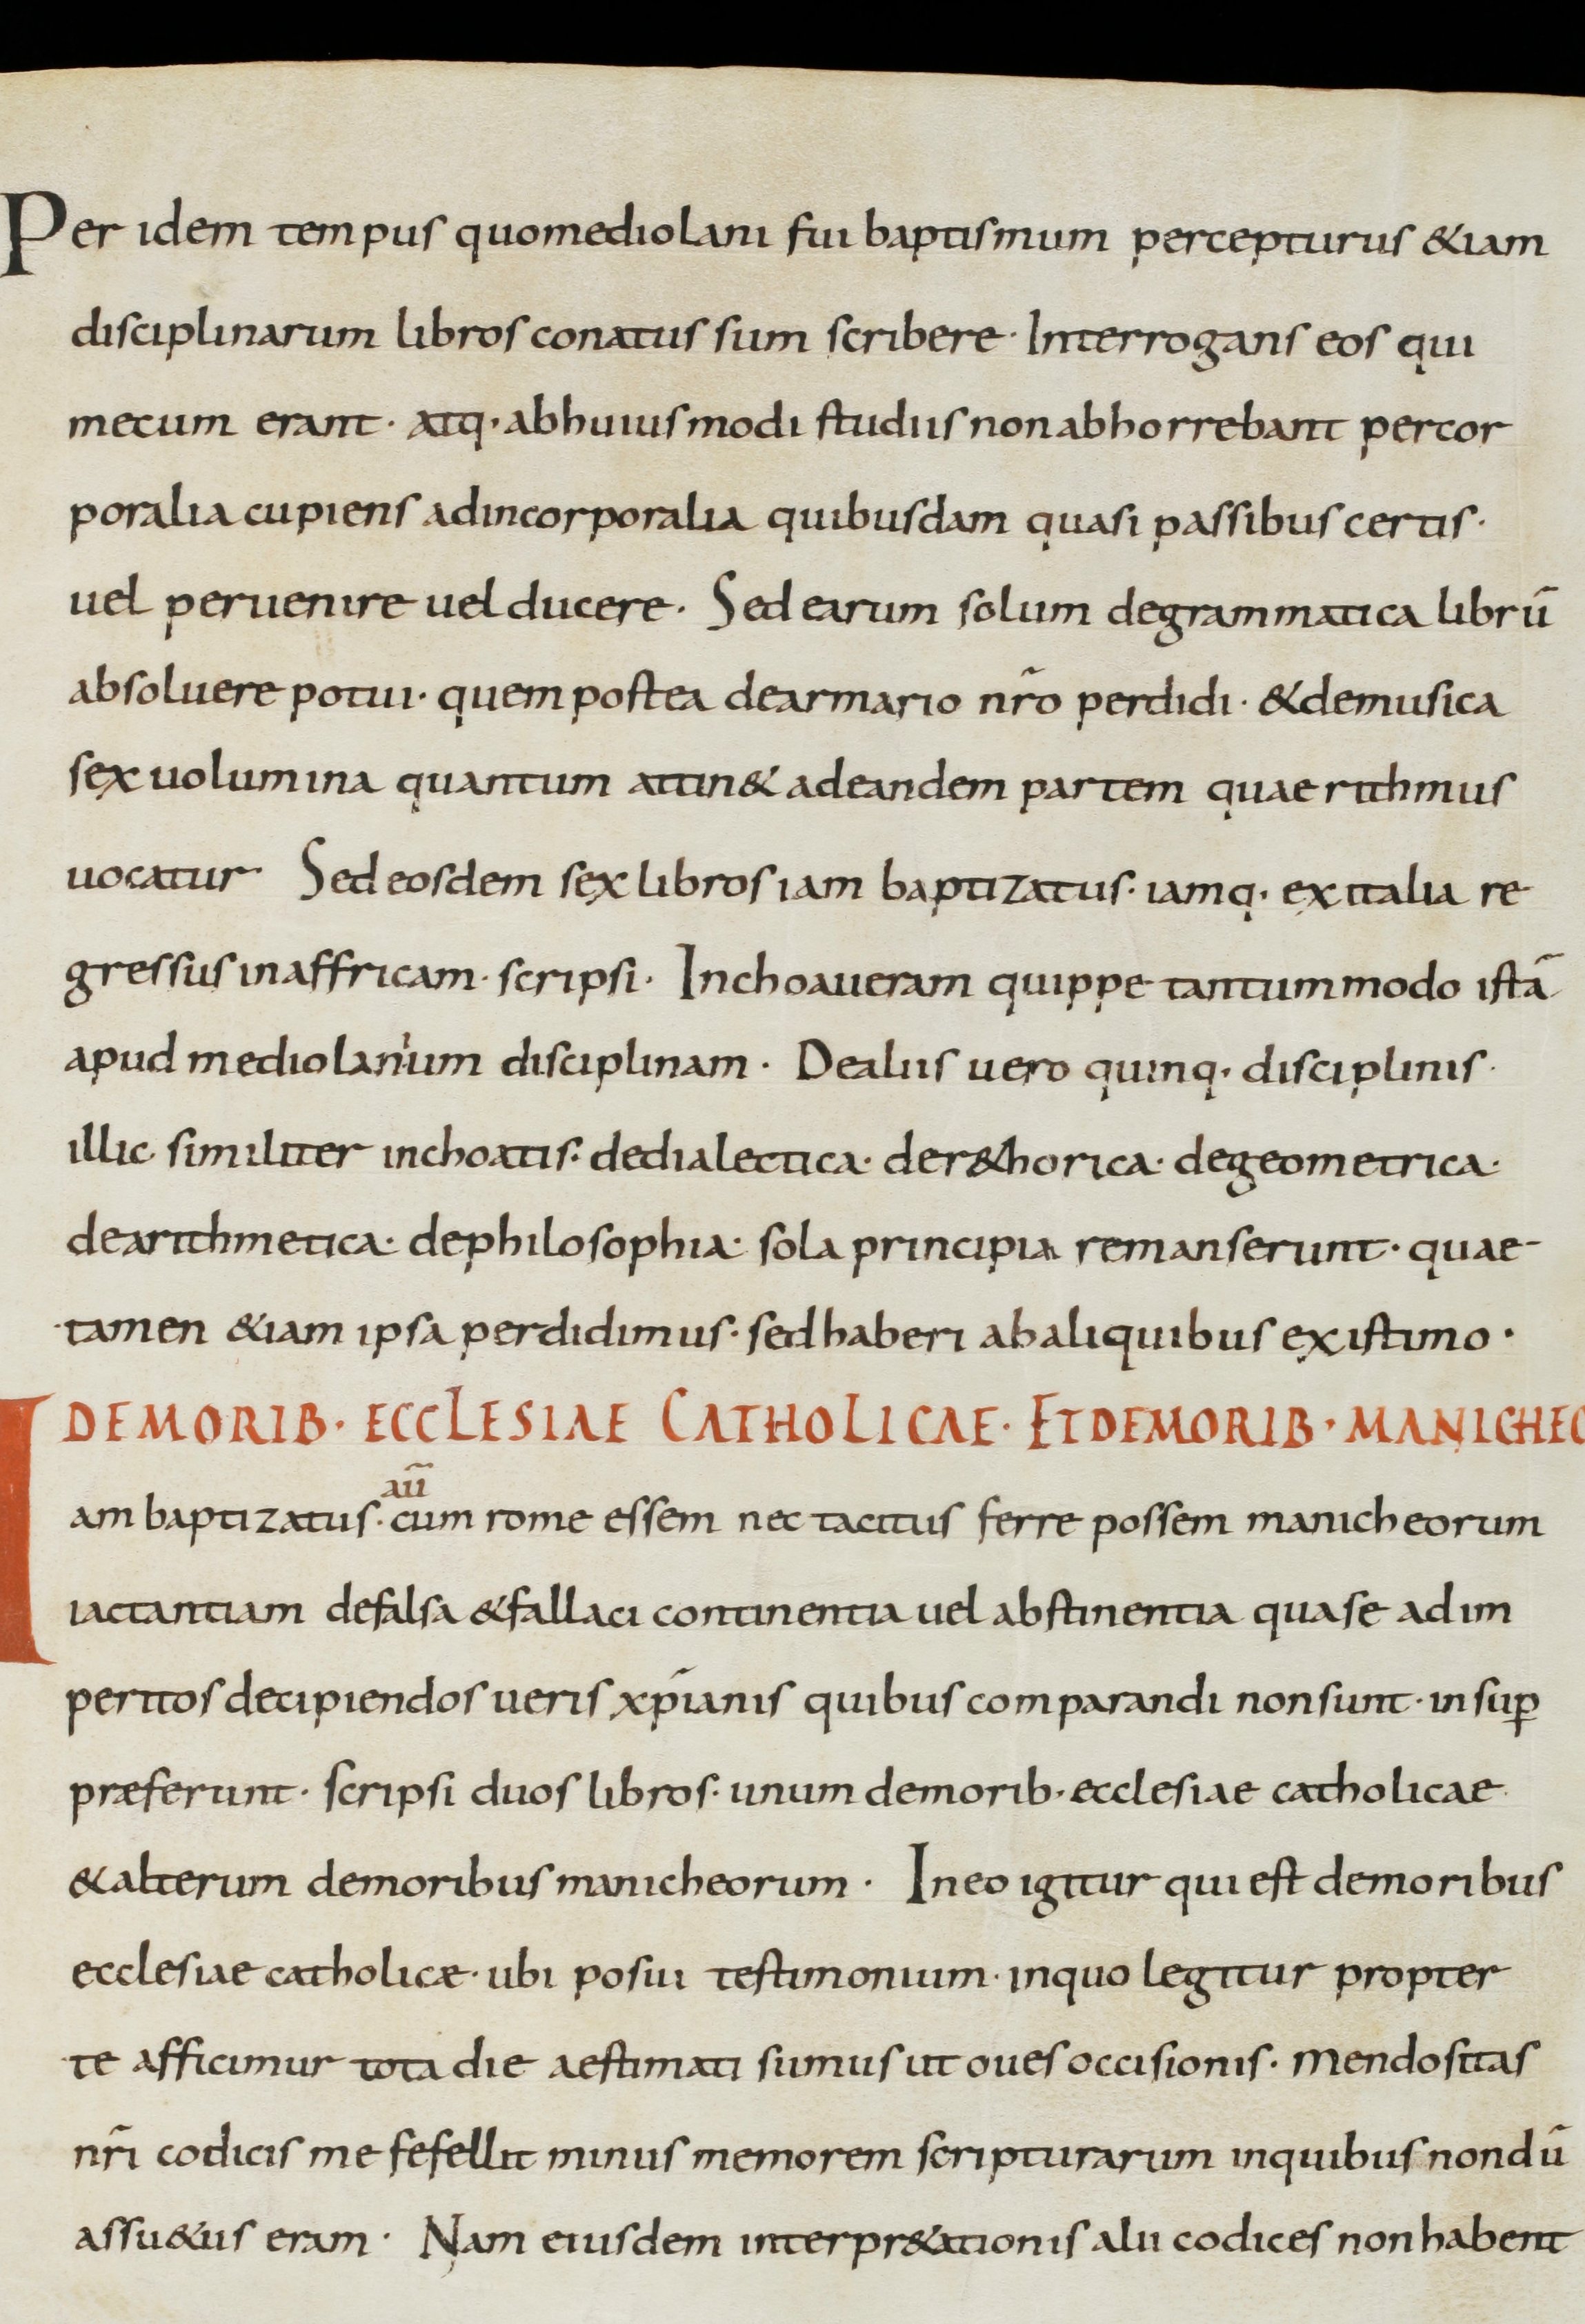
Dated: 800–899